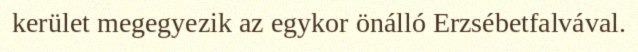
kerület megegyezik az egykor önálló Erzsébetfalvával.